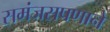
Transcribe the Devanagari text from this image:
समंजसपणाने